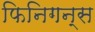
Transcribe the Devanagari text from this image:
फिनिगन्स